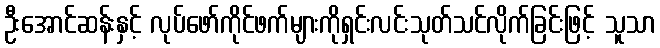
ဦးအောင်ဆန်းနှင့် လုပ်ဖော်ကိုင်ဖက်များကိုရှင်းလင်းသုတ်သင်လိုက်ခြင်းဖြင့် သူသာ